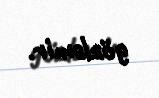
gözləmir.